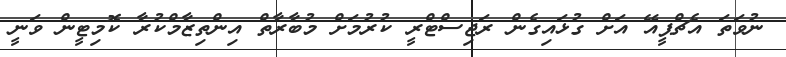
ނުވަތަ އެޗްޕީއޭ އަށް ގުޅައިގެން ރަޖިސްޓްރީ ކުރުމަށް މުބާރާތް އިންތިޒާމްކުރާ ކޮމިޓީން ވަނީ